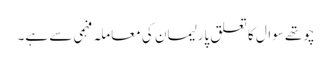
چوتھے سوال کا تعلق پارلیمان کی معاملہ فہمی سے ہے۔